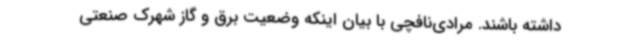
داشته باشند. مرادی‌نافچی با بیان اینکه وضعیت برق و گاز شهرک صنعتی